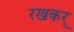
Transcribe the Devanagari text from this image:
रखकर्